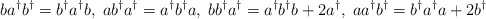
\begin{align*}ba^{\dagger }b^{\dagger }=b^{\dagger }a^{\dagger }b, \; ab^{\dagger }a^{\dagger}=a^{\dagger }b^{\dagger }a, \; bb^{\dagger }a^{\dagger }=a^{\dagger }b^{\dagger}b+2a^{\dagger }, \; aa^{\dagger }b^{\dagger }=b^{\dagger }a^{\dagger }a+2b^{\dagger }\end{align*}